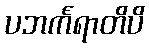
ပဘင်္ကရာတိပိ